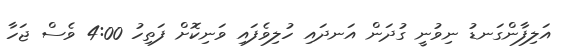
އަލިފާންގަނޑު ނިވުނީ ގުދަން އަނދައި ހުލިވެފައި ވަނިކޮށް ފަތިހު 4:00 ވެސް ޖަހާ